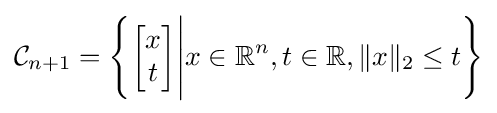
{\mathcal {C}}_{n+1}=\left\{{\begin{bmatrix}x\\t\end{bmatrix}}{\Bigg |}x\in \mathbb {R} ^{n},t\in \mathbb {R} ,\|x\|_{2}\leq t\right\}